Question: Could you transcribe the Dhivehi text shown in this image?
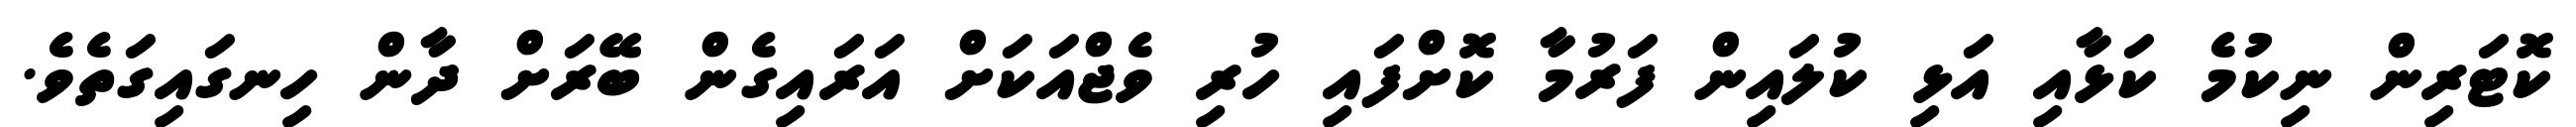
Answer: ކޮޓަރިން ނިކުމެ ކަޅާއި އަޅި ކުލައިން ފަރުމާ ކޮށްފައި ހުރި ވެޖްއަކަށް އަރައިގެން ބޭރަށް ދާން ހިނގައިގަތެވެ.